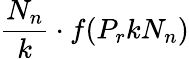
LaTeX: \frac{N_{n}}{k}\cdot f(P_{r}kN_{n})